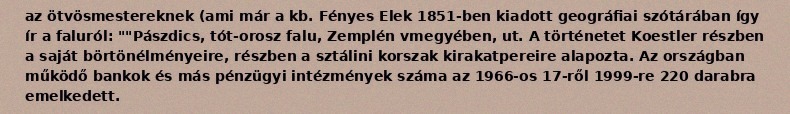
az ötvösmestereknek (ami már a kb. Fényes Elek 1851-ben kiadott geográfiai szótárában így ír a faluról: ""Pászdics, tót-orosz falu, Zemplén vmegyében, ut. A történetet Koestler részben a saját börtönélményeire, részben a sztálini korszak kirakatpereire alapozta. Az országban működő bankok és más pénzügyi intézmények száma az 1966-os 17-ről 1999-re 220 darabra emelkedett.